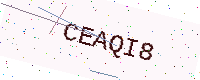
Text: CEAQI8